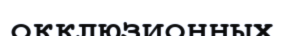
окклюзионных